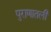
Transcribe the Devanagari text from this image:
पुराणातली